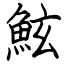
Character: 鮌